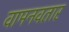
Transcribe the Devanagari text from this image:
वामनवतार